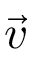
\vec { v }